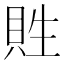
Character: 貹